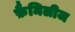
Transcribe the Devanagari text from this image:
फ़ैमिलीज